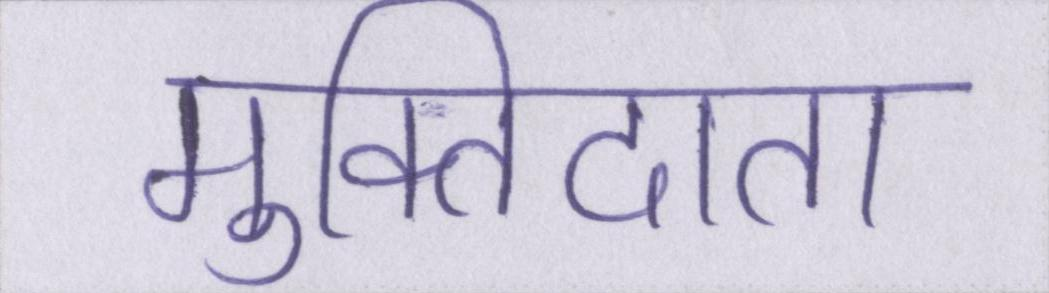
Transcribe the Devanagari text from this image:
मुक्तिदाता